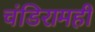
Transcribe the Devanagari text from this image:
चंडिरामही